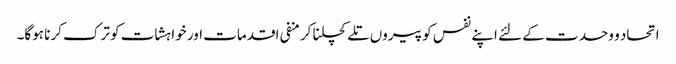
اتحاد و وحدت کے لئے اپنے نفس کو پیروں تلے کچلنا کر منفی اقدمات اور خواہشات کو ترک کرنا ہوگا۔